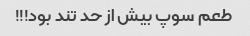
طعم سوپ بیش از حد تند بود!!!